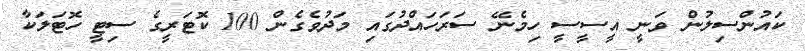
ކައުންސިލުން ވަނީ އީސީސީ ހިމެނޭ ސަރަހައްދުގައި މަދުވެގެން 100 ކޮޓަރީގެ ސިޓީ ހޮޓަލަކާ